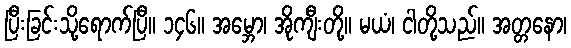
ပြီးခြင်းသို့ရောက်ပြီ။ ၁၄၆။ အမ္ဘော၊ အိုကျီးတို့။ မယံ၊ ငါတို့သည်။ အတ္တနော၊